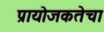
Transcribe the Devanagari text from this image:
प्रायोजकतेचा